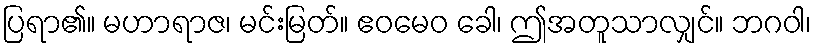
ပြရာ၏။ မဟာရာဇ၊ မင်းမြတ်။ ဧဝမေဝ ခေါ၊ ဤအတူသာလျှင်။ ဘဂဝါ၊